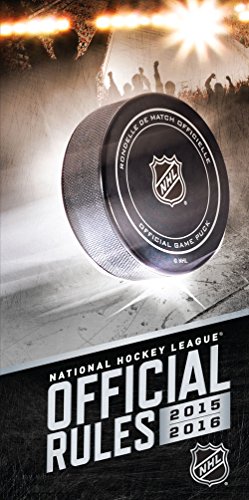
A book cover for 2015EE2016 Official Rules of the NHL; National Hockey League; Reference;